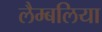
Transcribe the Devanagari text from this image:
लैम्बलिया